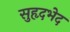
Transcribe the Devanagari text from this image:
सुहृदभेद